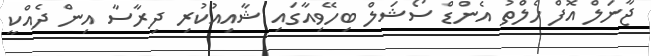
ޖާނަލް އޮފް ހެލްތު އެންޑް ސޯޝަލް ބިހޭވިއާގައި ޝާއިއުކުރި ދިރާސާ އިން ދެއްކީ